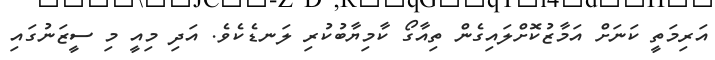
އަރިމަތީ ކަނަށް އަމާޒުކޮށްލައިގެން ތިއާގޯ ކާމިޔާބުކުރި ލަނޑެކެވެ. އަދި މިއީ މި ސީޒަނުގައި